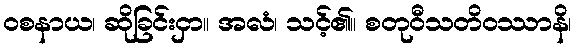
ဝစနာယ၊ ဆိုခြင်းငှာ။ အလံ၊ သင့်၏။ စတုဝီသတိဝဿာနိ၊